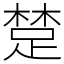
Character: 䠂